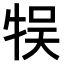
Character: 𤙬